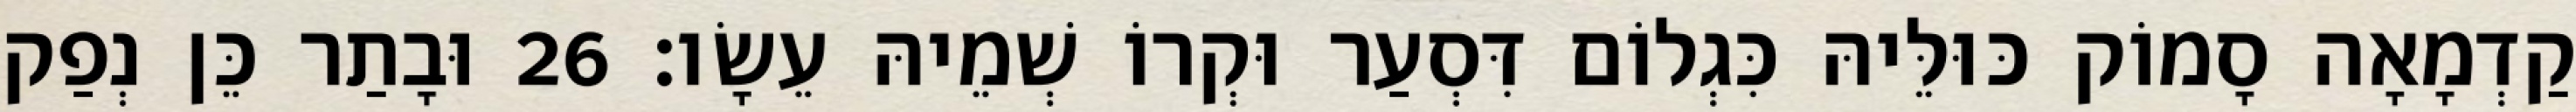
קַדְמָאָה סָמוֹק כּוּלֵּיהּ כִּגְלוֹם דִּסְעַר וּקְרוֹ שְׁמֵיהּ עֵשָׂו׃ 26 וּבָתַר כֵּן נְפַק